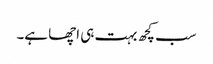
سب کچھ بہت ہی اچھا ہے۔